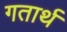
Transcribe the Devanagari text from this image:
गतार्थ